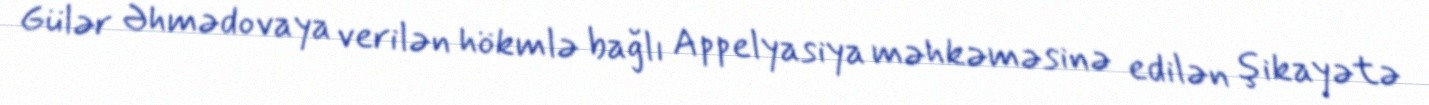
Gülər Əhmədovaya verilən hökmlə bağlı Appelyasiya məhkəməsinə edilən şikayətə